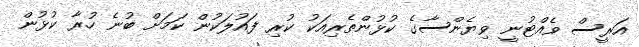
އަރީސް ވެއްޓުނީ ވިޔެންސާގެ ކުޅުންތެރިއަކު ކުރި ފައުލަކުން ކަމަށް ބުނެ ހުރާ ކުޅުން